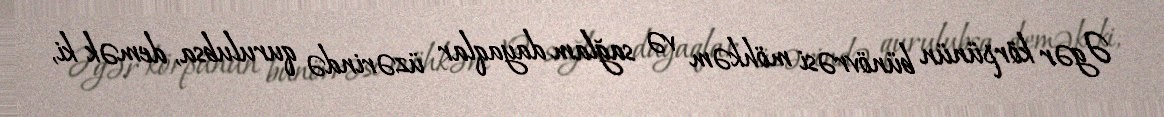
Əgər körpünün bünövrəsi möhkəm və sağlam dayaqlar üzərində qurulubsa, demək ki,